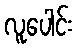
လူပေါင်း